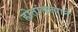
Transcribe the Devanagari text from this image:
होतांचत्यानें